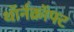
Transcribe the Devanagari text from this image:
थॉर्नक्रॉफ्ट